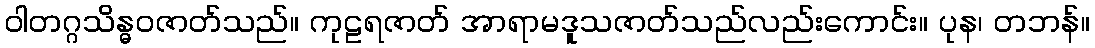
ဝါတဂ္ဂသိန္ဓဝဇာတ်သည်။ ကုဠရဇာတ် အာရာမဒူသဇာတ်သည်လည်းကောင်း။ ပုန၊ တဘန်။